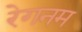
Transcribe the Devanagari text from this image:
रेगनम